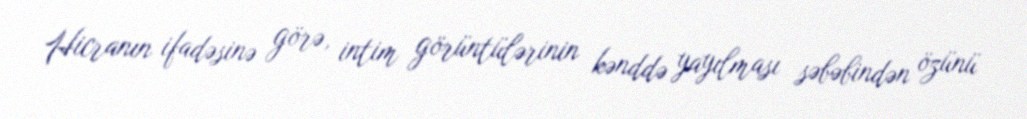
Hicranın ifadəsinə görə, intim görüntülərinin kənddə yayılması səbəbindən özünü